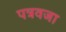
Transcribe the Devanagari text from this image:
पत्रवजा